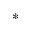
\ast